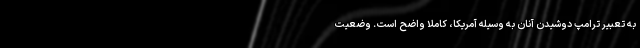
به تعبیر ترامپ دوشیدن آنان به وسیله آمریکا، کاملا واضح است. وضعیت